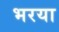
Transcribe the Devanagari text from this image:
भरया